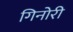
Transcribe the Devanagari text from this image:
गिनोरी